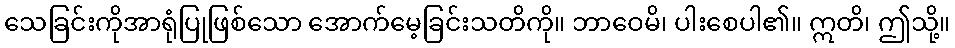
သေခြင်းကိုအာရုံပြုဖြစ်သော အောက်မေ့ခြင်းသတိကို။ ဘာဝေမိ၊ ပါးစေပါ၏။ ဣတိ၊ ဤသို့။